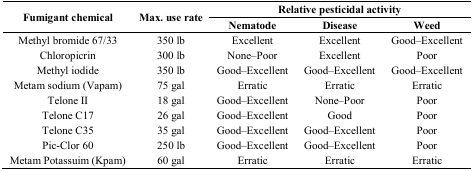
<table><thead><tr><td rowspan="2"><b>Fumigant chemical</b></td><td rowspan="2"><b>Max. use rate</b></td><td colspan="3"><b>Relative pesticidal activity</b></td></tr><tr><td><b>Nematode</b></td><td><b>Disease</b></td><td><b>Weed</b></td></tr></thead><tbody><tr><td>Methyl bromide 67/33</td><td>350 lb</td><td>Excellent</td><td>Excellent</td><td>Good–Excellent</td></tr><tr><td>Chloropicrin</td><td>300 lb</td><td>None–Poor</td><td>Excellent</td><td>Poor</td></tr><tr><td>Methyl iodide</td><td>350 lb</td><td>Good–Excellent</td><td>Good–Excellent</td><td>Good–Excellent</td></tr><tr><td>Metam sodium (Vapam)</td><td>75 gal</td><td>Erratic</td><td>Erratic</td><td>Erratic</td></tr><tr><td>Telone II</td><td>18 gal</td><td>Good–Excellent</td><td>None–Poor</td><td>Poor</td></tr><tr><td>Telone C17</td><td>26 gal</td><td>Good–Excellent</td><td>Good</td><td>Poor</td></tr><tr><td>Telone C35</td><td>35 gal</td><td>Good–Excellent</td><td>Good–Excellent</td><td>Poor</td></tr><tr><td>Pic-Clor 60</td><td>250 lb</td><td>Good–Excellent</td><td>Good–Excellent</td><td>Poor</td></tr><tr><td>Metam Potassuim (Kpam)</td><td>60 gal</td><td>Erratic</td><td>Erratic</td><td>Erratic</td></tr></tbody></table>